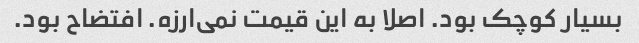
بسیار کوچک بود. اصلا به این قیمت نمی‌ارزه. افتضاح بود.